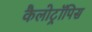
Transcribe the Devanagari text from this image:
कैलोट्रॉपिस